Vaccination report Assam 1896-1927 - 1896-1927
Year: 1896
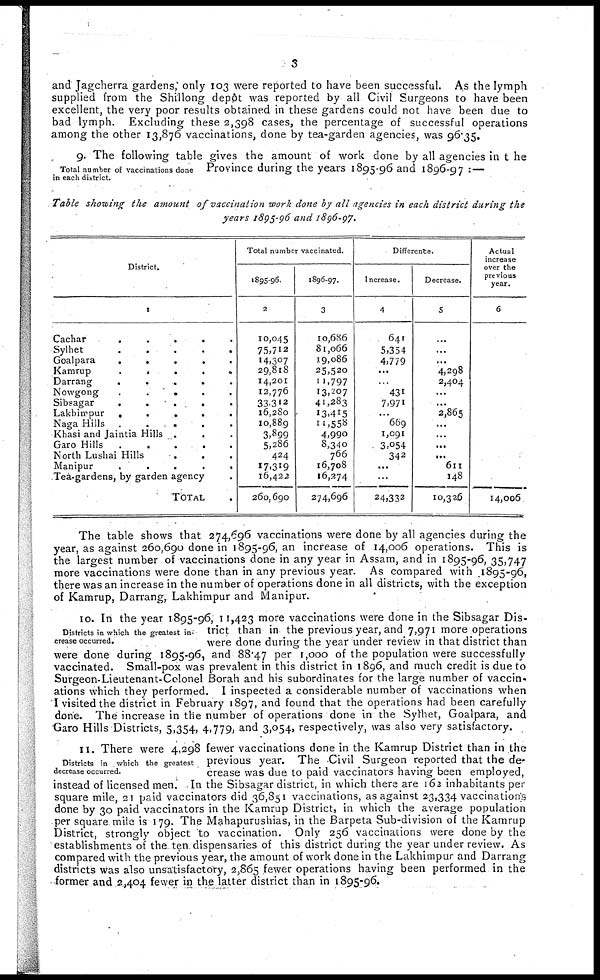
3
and Jagcherra gardens, only 103 were reported to have been successful. As the lymph
supplied from the Shillong depôt was reported by all Civil Surgeons to have been
excellent, the very poor results obtained in these gardens could not have been due to
bad lymph. Excluding these 2,398 cases, the percentage of successful operations
among the other 13,876 vaccinations, done by tea-garden agencies, was 96.35.
Total number of vaccinations done
in each district.
9. The following table gives the amount of work done by all agencies in the
Province during the years 1895-96 and 1896-97 :—
Table showing the amount of vaccination work done by all agencies in each district during the
years 1895-96 and 1896-97.
District.
1
Cachar
.....
Sylhet
.....
Goalpara
.....
Kamrup
.....
Darrang
.....
Nowgong
.....
Sibsagar
.....
Lakhimpur
.....
Naga Hills
.....
Khasi and Jaintia Hills
...
Garo Hills
.....
North Lushai Hills
...
Manipur
.....
Tea-gardens, by garden agency
TOTAL .
Total number vaccinated.
1895-96.
2
10,045
75,712
14,307
29,818
14,201
12,776
33,312
16,280
10,889
3,899
5,286
424
17,319
16,422
260,690
1896-97.
3
10,686
81,066
19,086
25,520
11,797
13,207
41,283
13,415
11,558
4,990
8,340
766
16,708
16,274
274,696
Difference.
Increase.
4
641
5,354
4,779
...
...
431
7,971
...
669
1,091
3,054
342
...
...
24,332
Decrease.
5
...
...
...
4,298
2,404
...
...
2,865
...
...
...
...
611
148
10,326
Actual
increase
over the
previous
year.
6
14,006
The table shows that 274,696 vaccinations were done by all agencies during the
year, as against 260,690 done in 1895-96, an increase of 14,006 operations. This is
the largest number of vaccinations done in any year in Assam, and in 1895-96, 35,747
more vaccinations were done than in any previous year. As compared with 1895-96,
there was an increase in the number of operations done in all districts, with the exception
of Kamrup, Darrang, Lakhimpur and Manipur.
Districts in which the greatest in-
crease occurred.
10. In the year 1895-96, 11,423 more vaccinations were done in the Sibsagar Dis-
trict than in the previous year, and 7,971 more operations
were done during the year under review in that district than
were done during 1895-96, and 88.47 per 1,000 of the population were successfully
vaccinated. Small-pox was prevalent in this district in 1896, and much credit is due to
Surgeon-Lieutenant-Colonel Borah and his subordinates for the large number of vaccin-
ations which they performed. I inspected a considerable number of vaccinations when
I visited the district in February 1897, and found that the operations had been carefully
done. The increase in the number of operations done in the Sylhet, Goalpara, and
Garo Hills Districts, 5,354, 4,779, and 3,054, respectively, was also very satisfactory.
Districts in which the greatest
decrease occurred.
11. There were 4,298 fewer vaccinations done in the Kamrup District than in the
previous year. The Civil Surgeon reported that the de-
crease was due to paid vaccinators having been employed,
instead of licensed men. In the Sibsagar district, in which there are 162 inhabitants per
square mile, 21 paid vaccinators did 36,851 vaccinations, as against 23,334 vaccinations
done by 30 paid vaccinators in the Kamrup District, in which the average population
per square mile is 179. The Mahapurushias, in the Barpeta Sub-division of the Kamrup
District, strongly object to vaccination. Only 256 vaccinations were done by the
establishments of the ten dispensaries of this district during the year under review. As
compared with the previous year, the amount of work done in the Lakhimpur and Darrang
districts was also unsatisfactory, 2,865 fewer operations having been performed in the
former and 2,404 fewer in the latter district than in 1895-96.